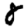
Digit: 8